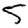
Digit: 5